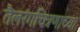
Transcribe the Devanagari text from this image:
तैलरंगचित्रणाच्या